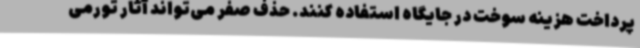
پرداخت هزینه سوخت در جایگاه استفاده کنند. حذف صفر می‌تواند آثار تورمی